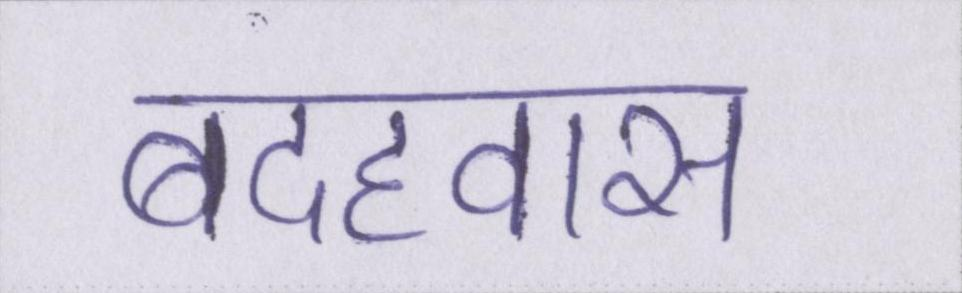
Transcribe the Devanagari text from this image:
बदहवास